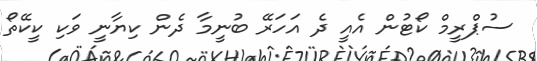
ސުޕްރީމް ކޯޓުން އެއީ ދެ އަހަރޭ ބުނީމާ ދެން ކިޔާނީ ވަކި ކީކޭތޯ